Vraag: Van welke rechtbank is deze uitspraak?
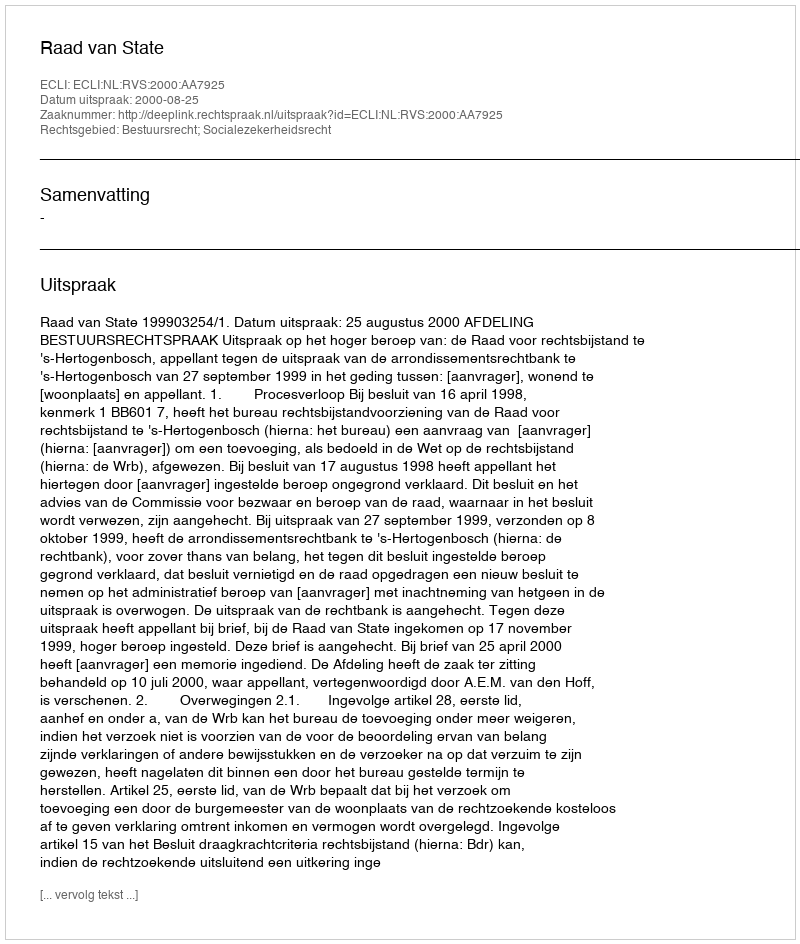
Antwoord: Raad van State